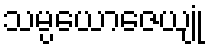
သမ္ပယောဇေယျုံ